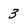
Character: 3